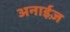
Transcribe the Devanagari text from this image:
अनाईज़